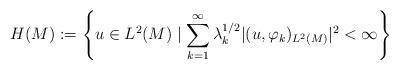
LaTeX: \begin{align*}H(M) := \left\{ u \in L^2(M) \mid \sum_{k=1}^\infty \lambda_k^{1\slash 2}|(u,\varphi_k)_{L^2(M)}|^2 < \infty\right\}\end{align*}